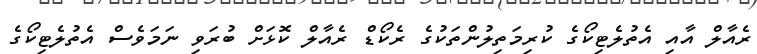
ރެއާލް އާއި އެތުލެޓިކޯގެ ކުރިމަތިލުންތަކުގެ ރެކޯޑް ރެއާލް ކޮޅަށް ބުރަވި ނަމަވެސް އެތުލެޓިކޯގެ